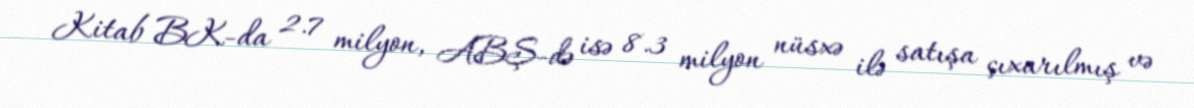
Kitab BK-da 2.7 milyon, ABŞ-də isə 8.3 milyon nüsxə ilə satışa çıxarılmış və